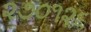
૨૭૦૧૨૬